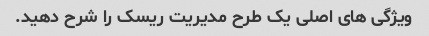
ویژگی های اصلی یک طرح مدیریت ریسک را شرح دهید.